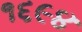
૧૬૯૪